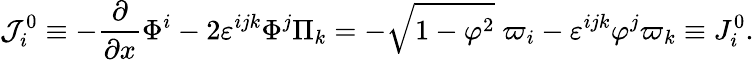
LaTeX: {\cal J}_{i}^{0}\equiv-\frac\partial{\partial x}\Phi^{i}-2\varepsilon^{ijk}\Phi^{j}\Pi_{k}=-\sqrt{1-{\varphi}^{2}}\; \varpi_{i}-\varepsilon^{ijk}\varphi^{j}\varpi_{k}\equiv J_{i}^{0}.